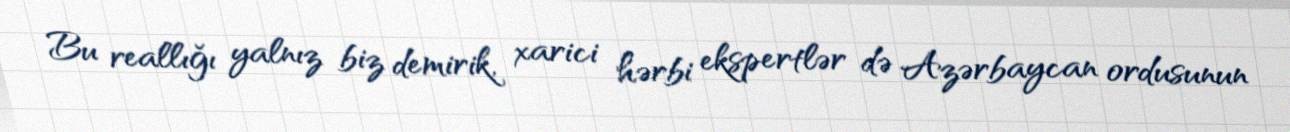
Bu reallığı yalnız biz demirik, xarici hərbi ekspertlər də Azərbaycan ordusunun